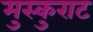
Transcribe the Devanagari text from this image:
मुस्कुराट